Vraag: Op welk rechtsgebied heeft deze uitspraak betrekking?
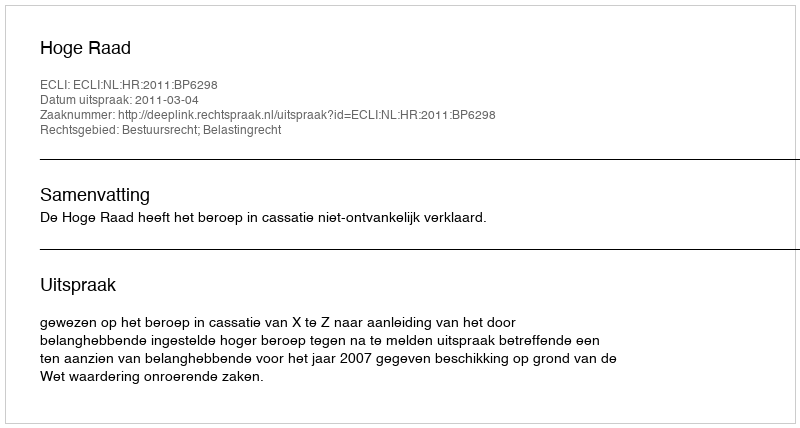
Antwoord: Bestuursrecht; Belastingrecht